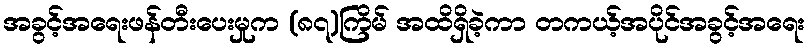
အခွင့်အရေးဖန်တီးပေးမှုက (၈၇)ကြိမ် အထိရှိခဲ့ကာ တကယ့်အပိုင်အခွင့်အရေး